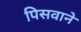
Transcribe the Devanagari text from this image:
पिसवाने